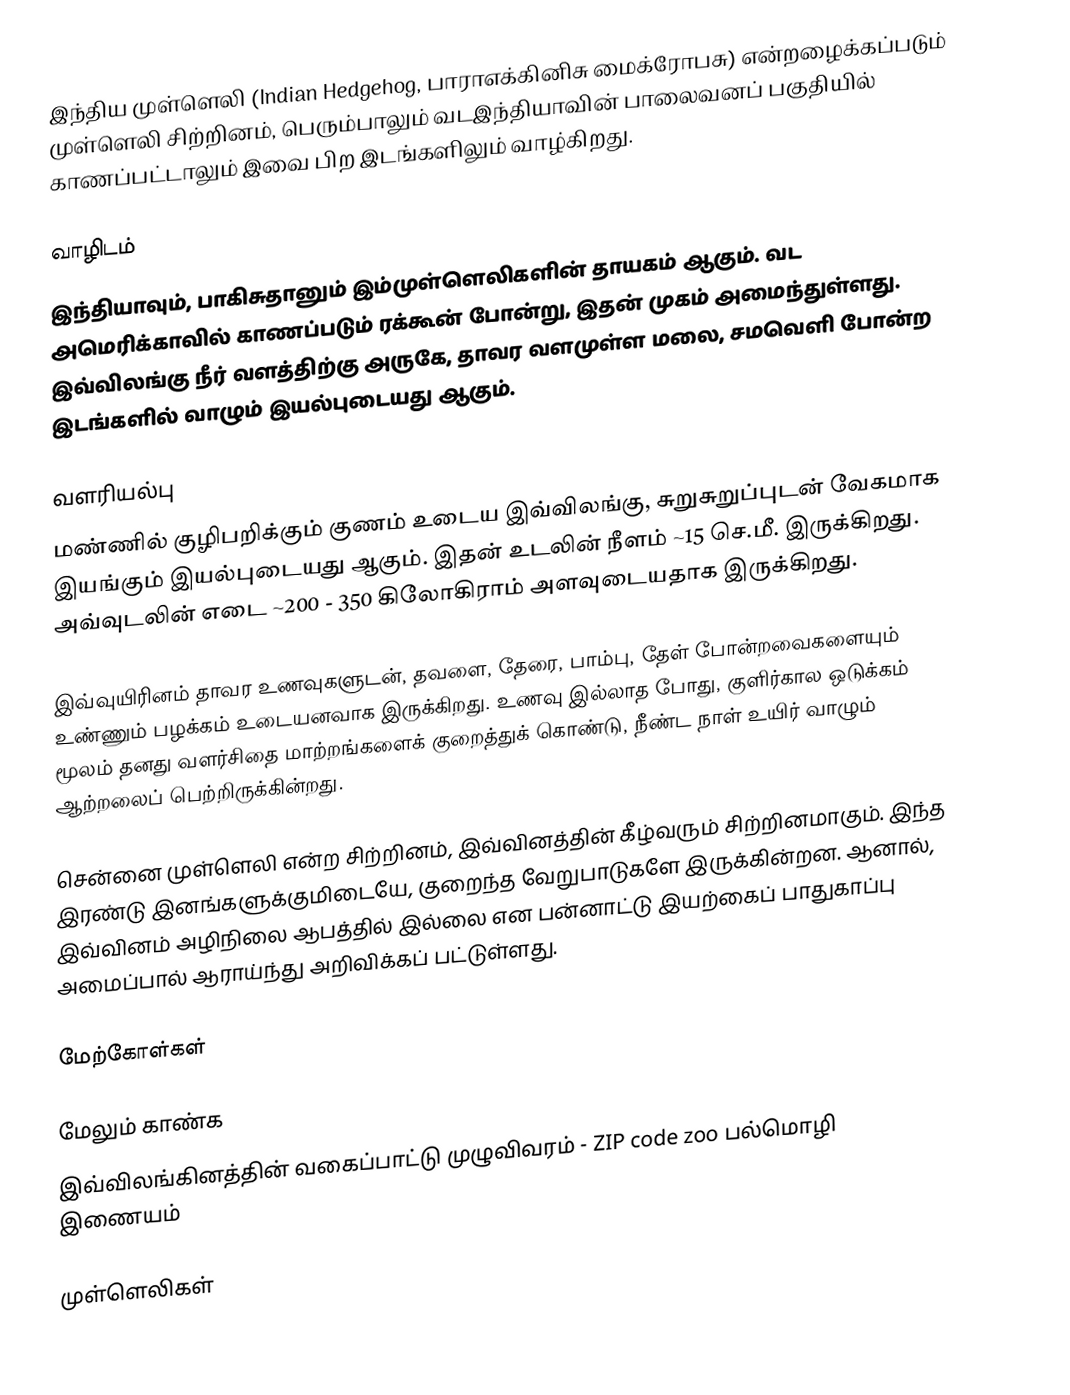
இந்திய முள்ளெலி (Indian Hedgehog, பாராஎக்கினிசு மைக்ரோபசு) என்றழைக்கப்படும் முள்ளெலி சிற்றினம், பெரும்பாலும் வடஇந்தியாவின் பாலைவனப் பகுதியில் காணப்பட்டாலும் இவை பிற இடங்களிலும் வாழ்கிறது.

வாழிடம்
இந்தியாவும், பாகிசுதானும் இம்முள்ளெலிகளின் தாயகம் ஆகும். வட அமெரிக்காவில் காணப்படும் ரக்கூன் போன்று, இதன் முகம் அமைந்துள்ளது. இவ்விலங்கு நீர் வளத்திற்கு அருகே, தாவர வளமுள்ள மலை, சமவெளி போன்ற இடங்களில் வாழும் இயல்புடையது ஆகும்.

வளரியல்பு
மண்ணில் குழிபறிக்கும் குணம் உடைய இவ்விலங்கு, சுறுசுறுப்புடன் வேகமாக இயங்கும் இயல்புடையது ஆகும். இதன் உடலின் நீளம் ~15 செ.மீ. இருக்கிறது. அவ்வுடலின் எடை ~200 - 350 கிலோகிராம் அளவுடையதாக இருக்கிறது.

இவ்வுயிரினம் தாவர உணவுகளுடன், தவளை, தேரை, பாம்பு, தேள் போன்றவைகளையும் உண்ணும் பழக்கம் உடையனவாக இருக்கிறது. உணவு இல்லாத போது, குளிர்கால ஒடுக்கம் மூலம் தனது வளர்சிதை மாற்றங்களைக் குறைத்துக் கொண்டு, நீண்ட நாள் உயிர் வாழும் ஆற்றலைப் பெற்றிருக்கின்றது.

சென்னை முள்ளெலி என்ற சிற்றினம், இவ்வினத்தின் கீழ்வரும் சிற்றினமாகும். இந்த  இரண்டு இனங்களுக்குமிடையே, குறைந்த வேறுபாடுகளே இருக்கின்றன. ஆனால், இவ்வினம் அழிநிலை ஆபத்தில் இல்லை என பன்னாட்டு இயற்கைப் பாதுகாப்பு  அமைப்பால்  ஆராய்ந்து அறிவிக்கப் பட்டுள்ளது.

மேற்கோள்கள்

மேலும் காண்க
இவ்விலங்கினத்தின் வகைப்பாட்டு முழுவிவரம் - ZIP code zoo பல்மொழி இணையம்

முள்ளெலிகள்